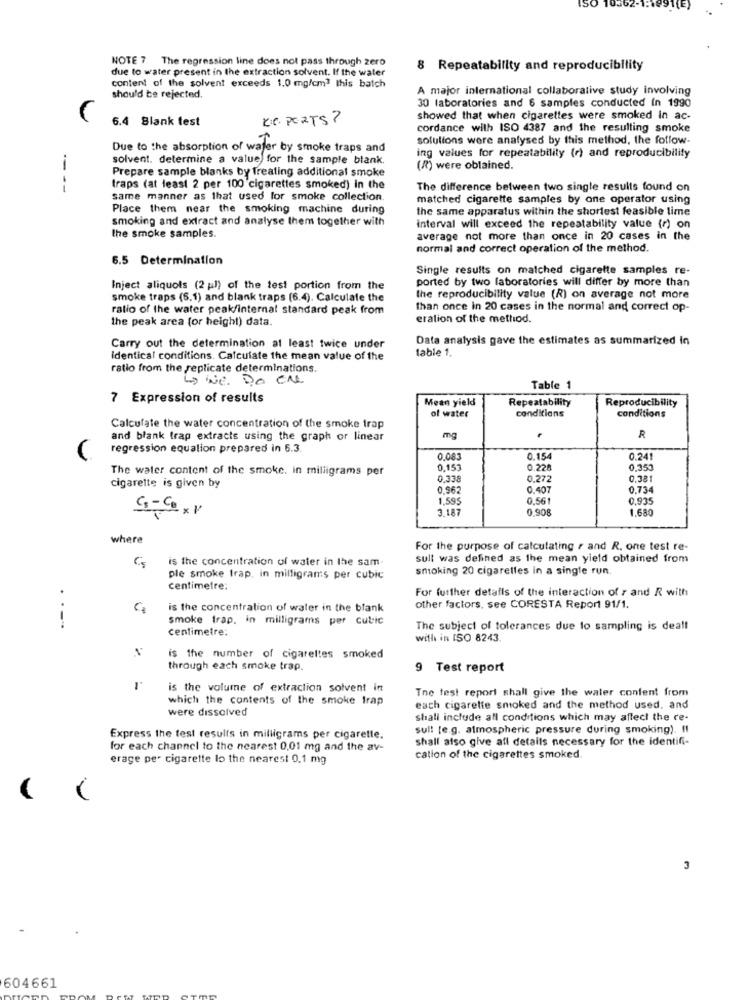
ISO
NOTE 7 The regression line does not pass through zero
due to water present in the extraction solvent. If the water
8 Repeatability and reproducibility
content of the solvent exceeds 1.0 mg/cm3 this batch
A major international collaborative study involving
should be rejected.
30 laboratories and 6 samples conducted In 1990
6.4 Blank test
R.C. PORTS ?
showed that when cigarettes were smoked in ac-
cordance with ISO 4387 and the resulting smoke
solutions were analysed by this method, the follow-
Due to the absorption of water by smoke traps and
solvent. determine a value for the sample blank.
ing values for repeatability (r) and reproducibility
Prepare sample blanks by Treating additional smoke
(R) were obtained.
----
traps (at least 2 per 100 cigarettes smoked) in the
The difference between two single results found on
same manner as that used for smoke collection.
matched cigarette samples by one operator using
Place them near the smoking machine during
the same apparatus within the shortest feasible time
smoking and extract and analyse them together with
interval will exceed the repeatability value (r) on
the smoke samples.
average not more than once in 20 cases in the
normal and correct operation of the method.
6.5 Determination
Single results on matched cigarette samples re-
ported by two laboratories will differ by more than
Inject aliquols (2 )) of the test portion from the
smoke traps (5.1) and blank traps (6.4). Calculate the
the reproducibility value (R) on average not more
ratio of the water peak/internal standard peak from
than once in 20 cases in the normal and correct op-
the peak area (or height) data.
eration of the method.
Data analysis gave the estimates as summarized in
Carry out the determination at least twice under
table 1.
Identical conditions. Calculate the mean value of the
ratio from the replicate determinations.
Do We. DO CM
Table 1
7 Expression of results
Mean yield
Repeatability
Reproducibility
of water
conditions
conditions
Calculate the water concentration of the smoke trap
and blank trap extracts using the graph or linear
mg
regression equation prepared in 6.3.
0.083
0.154
0.241
The water content of the smoke. in milligrams per
0,153
0.228
0,353
0.33
0.272
0.381
cigarette is given by
0.962
0.407
0.734
1.595
0.561
0,935
3.18
0,908
1.680
4-Cx 1
where
For the purpose of calculating r and R. one test re-
is the concentration of water in the sam
sull was defined as the mean yield obtained from
smoking 20 cigarettes in a single run.
ple smoke frap. in milligrams per cubic
centimetre;
For further details of the interaction of r and R with
Ca
is the concentration of water in the blank
other factors, see CORESTA Report 91/1.
smoke trap. in milligrams per cubic
.----
centimetre:
The subject of tolerances due to sampling is deall
with in ISO 8243.
is the number of cigarettes smoked
through each smoke trap.
9 Test report
is the volume of extraction solvent in
Tne test report shall give the water content from
which the contents of the smoke trap
were dissolved
each cigarette smoked and the method used. and
shall include all conditions which may affect the re-
sull [e.g. atmospheric pressure during smoking). !!
Express the test results in milligrams per cigarette.
shall also give afl details necessary for the identifi-
for each channel to the nearest 0,01 mg and the av-
erage per cigarette lo the nearest 0,1 mg
cation of the cigarettes smoked.
3
604661